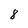
Character: 8